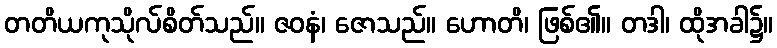
တတိယကုသိုလ်စိတ်သည်။ ဇဝနံ၊ ဇောသည်။ ဟောတိ၊ ဖြစ်၏။ တဒါ၊ ထိုအခါ၌။